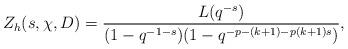
LaTeX: \begin{align*}Z_h(s, \chi, D)=\dfrac{L(q^{-s})}{(1-q^{-1-s})(1-q^{-p-(k+1)-p(k+1)s})},\end{align*}